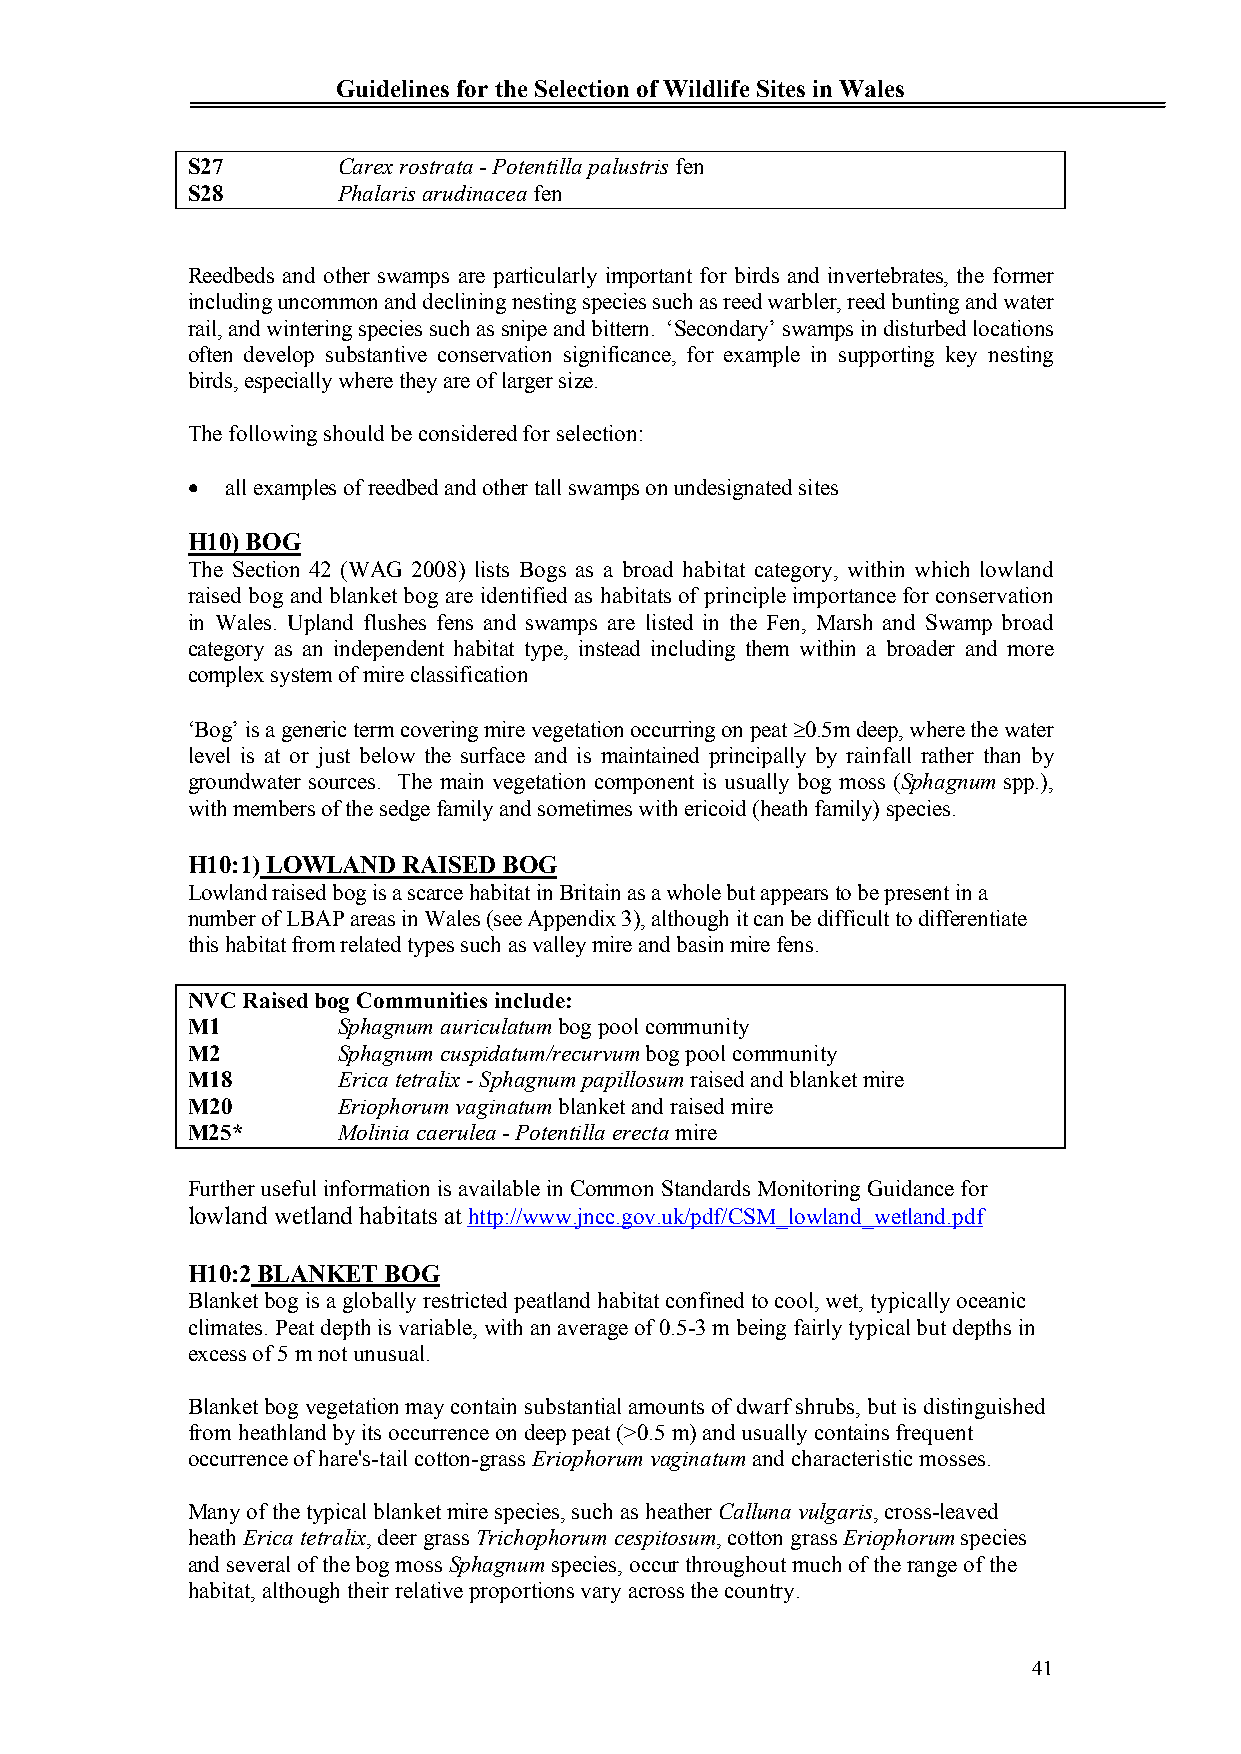
Guidelines for the Selection of Wildlife Sites in Wales
 S27       Carex rostrata-Potentilla palustris fen
 S28       Phalaris arudinacea fen
 Reedbeds and other swamps are particularly important for birds and invertebrates, the former
 including uncommon and declining nesting species such as reed warbler, reed bunting and water
 rail, and wintering species such as snipe and bittern. ‘Secondary’ swamps in disturbed locations
 often develop substantive conservation significance, for example in supporting key nesting
 birds, especially where they are of larger size.
 The following should be considered for selection:
   all examples of reedbed and other tall swamps on undesignated sites
 H10) BOG
 The Section 42 (WAG 2008) lists Bogs as a broad habitat category, within which lowland
 raised bog and blanket bog are identified as habitats of principle importance for conservation
 in Wales. Upland flushes fens and swamps are listed in the Fen, Marsh and Swamp broad
 category as an independent habitat type, instead including them within a broader and more
 complex system of mire classification
 ‘Bog’ is a generic term covering mire vegetation occurring on peat 0.5m deep, where the water
 level is at or just below the surface and is maintained principally by rainfall rather than by
 groundwater sources. The main vegetation component is usually bog moss (Sphagnum spp.),
 with members of the sedge family and sometimes with ericoid (heath family) species.
 H10:1)LOWLAND  RAISED BOG
 Lowland raised bog is a scarce habitat in Britain as a whole but appears to be present in a
 number of LBAP areas in Wales (see Appendix 3), although it can be difficult to differentiate
 this habitat from related types such as valley mire and basin mire fens.
 NVCRaised bog Communities include:
 M1        Sphagnum auriculatum bog pool community
 M2        Sphagnum cuspidatum/recurvum bog pool community
 M18       Erica tetralix - Sphagnum papillosum raised and blanket mire
 M20       Eriophorum vaginatum blanket and raised mire
 M25*      Molinia caerulea-Potentilla erecta mire
 Further useful information is available in Common Standards Monitoring Guidance for
 lowland wetland habitats athttp://www.jncc.gov.uk/pdf/CSM_lowland_wetland.pdf
 H10:2BLANKET BOG
 Blanket bog is a globally restricted peatland habitat confined to cool, wet, typically oceanic
 climates. Peat depth is variable, with an average of 0.5-3 m being fairly typical but depths in
 excess of 5 m not unusual.
 Blanket bog vegetation may contain substantial amounts of dwarf shrubs, but is distinguished
 from heathland by its occurrence on deep peat (>0.5 m) and usually contains frequent
 occurrence of hare's-tail cotton-grass Eriophorum vaginatum and characteristic mosses.
 Many of the typical blanket mire species, such as heather Calluna vulgaris, cross-leaved
 heath Erica tetralix, deer grass Trichophorum cespitosum, cotton grass Eriophorum species
 and several of the bog moss Sphagnum species, occur throughout much of the range of the
 habitat, although their relative proportions vary across the country.
 41